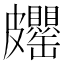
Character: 𱲊